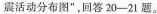
震活动分布图”，回答20-21题。